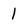
Character: 1